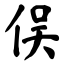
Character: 俣